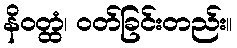
နိဝတ္ထံ၊ ဝတ်ခြင်းတည်း။